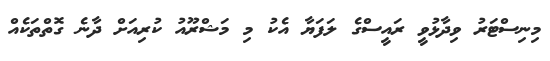
މިނިސްޓަރު ވިދާޅުވީ ރައީސްގެ ލަފަޔާ އެކު މި މަޝްރޫއު ކުރިއަށް ދާނެ ގޮތްތަކެއް